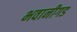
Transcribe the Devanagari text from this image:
भवानीगड